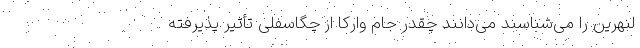
لنهرین را می‌شناسند می‌دانند چقدر جام وارکا از چگاسفلی تأثیر پذیرفته